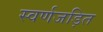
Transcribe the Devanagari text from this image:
स्‍वर्णजड़ित